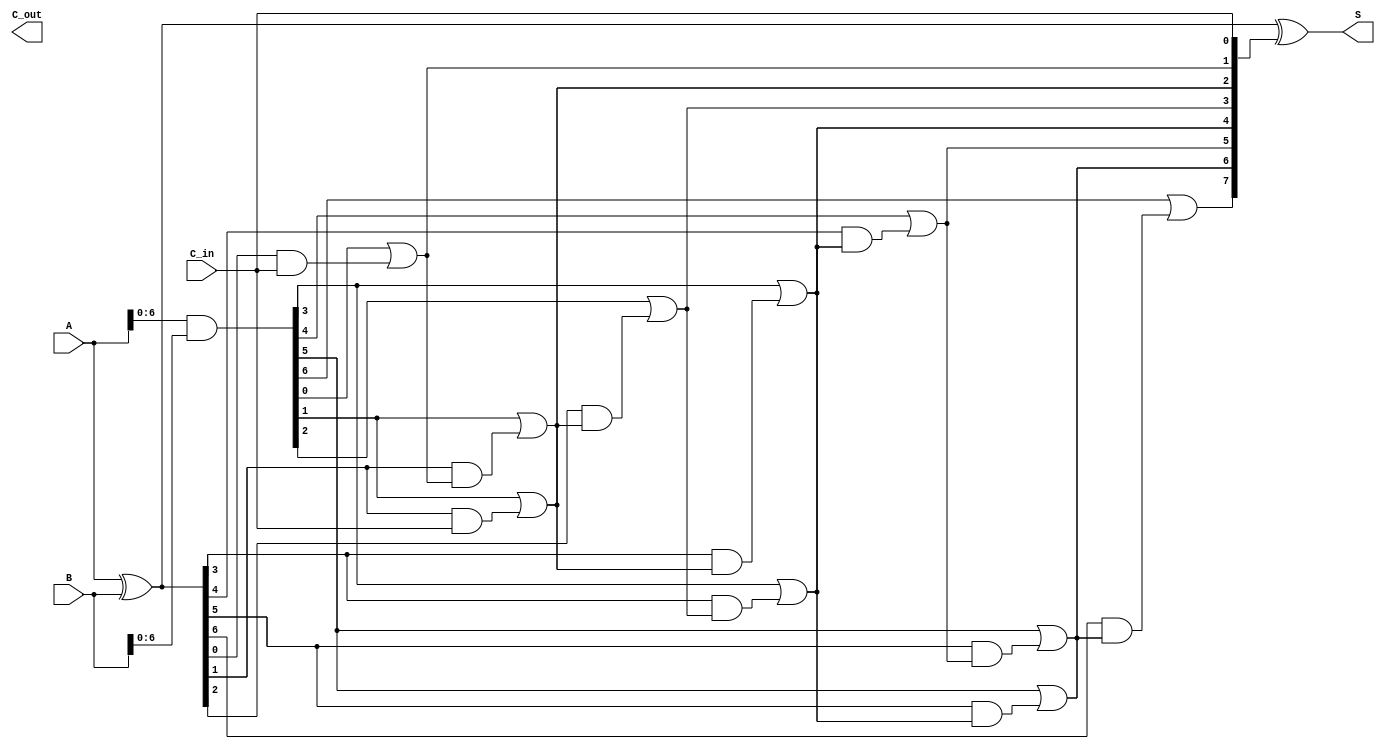
module ParallelPrefixAdder #(parameter N = 8) (
    input  [N-1:0] A,      // First input
    input  [N-1:0] B,      // Second input
    input         C_in,    // Carry-in
    output [N-1:0] S,      // Sum output
    output        C_out     // Carry-out
);

// Generate and Propagate signals
wire [N-1:0] G; // Generate signals
wire [N-1:0] P; // Propagate signals
wire [N:0] C;    // Carry signals, C[N] is C_out

assign G = A & B;           // Generate
assign P = A ^ B;           // Propagate
assign C[0] = C_in;         // Carry-in

// Kogge-Stone Prefix Carry Generation
genvar i;
generate
    // Level 1
    for (i = 0; i < N-1; i = i + 1) begin : LEVEL1
        assign C[i+1] = G[i] | (P[i] & C[i]);
    end
    
    // Level 2 (for deeper levels, we can add more logic if needed)
    // For Kogge-Stone, we need to combine pairs of carries
    for (i = 0; i < N-2; i = i + 2) begin : LEVEL2
        assign C[i+2] = G[i+1] | (P[i+1] & C[i]);
    end
    
    // Final carry-out
    assign C_out = C[N];
endgenerate

// Sum Calculation
assign S = P ^ C[N-1:0]; // Sum bits

endmodule